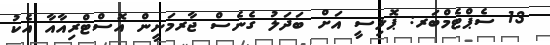
13 ސެޕްޓެމްބަރ: ޕޮލިސީ އަށް ބަދަލު ގެނެސް ޖާރމަނީން އޮސްޓްރިއާއާ އެކު